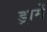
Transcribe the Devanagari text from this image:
ड्रामें